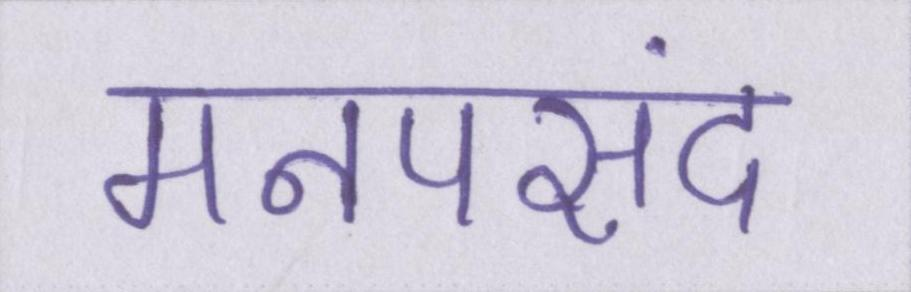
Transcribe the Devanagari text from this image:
मनपसंद